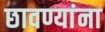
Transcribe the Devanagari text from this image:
छावण्यांना